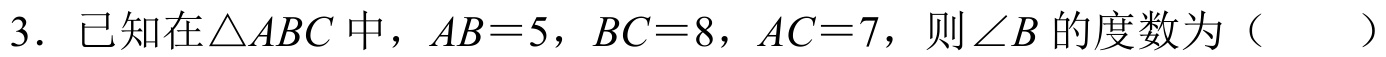
3. 已知在$\triangle ABC$中，$AB = 5$，$BC = 8$，$AC = 7$，则$\angle B$的度数为（  ）